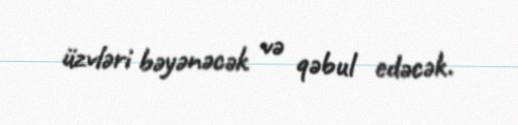
üzvləri bəyənəcək və qəbul edəcək.